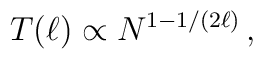
T(\ell) \propto N^{1-1/(2\ell)}\, ,